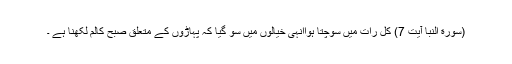
(سورة النبا آیت 7) کل رات میں سوچتا ہواانہی خیالوں میں سو گیا کہ پہاڑوں کے متعلق صبح کالم لکھنا ہے ۔